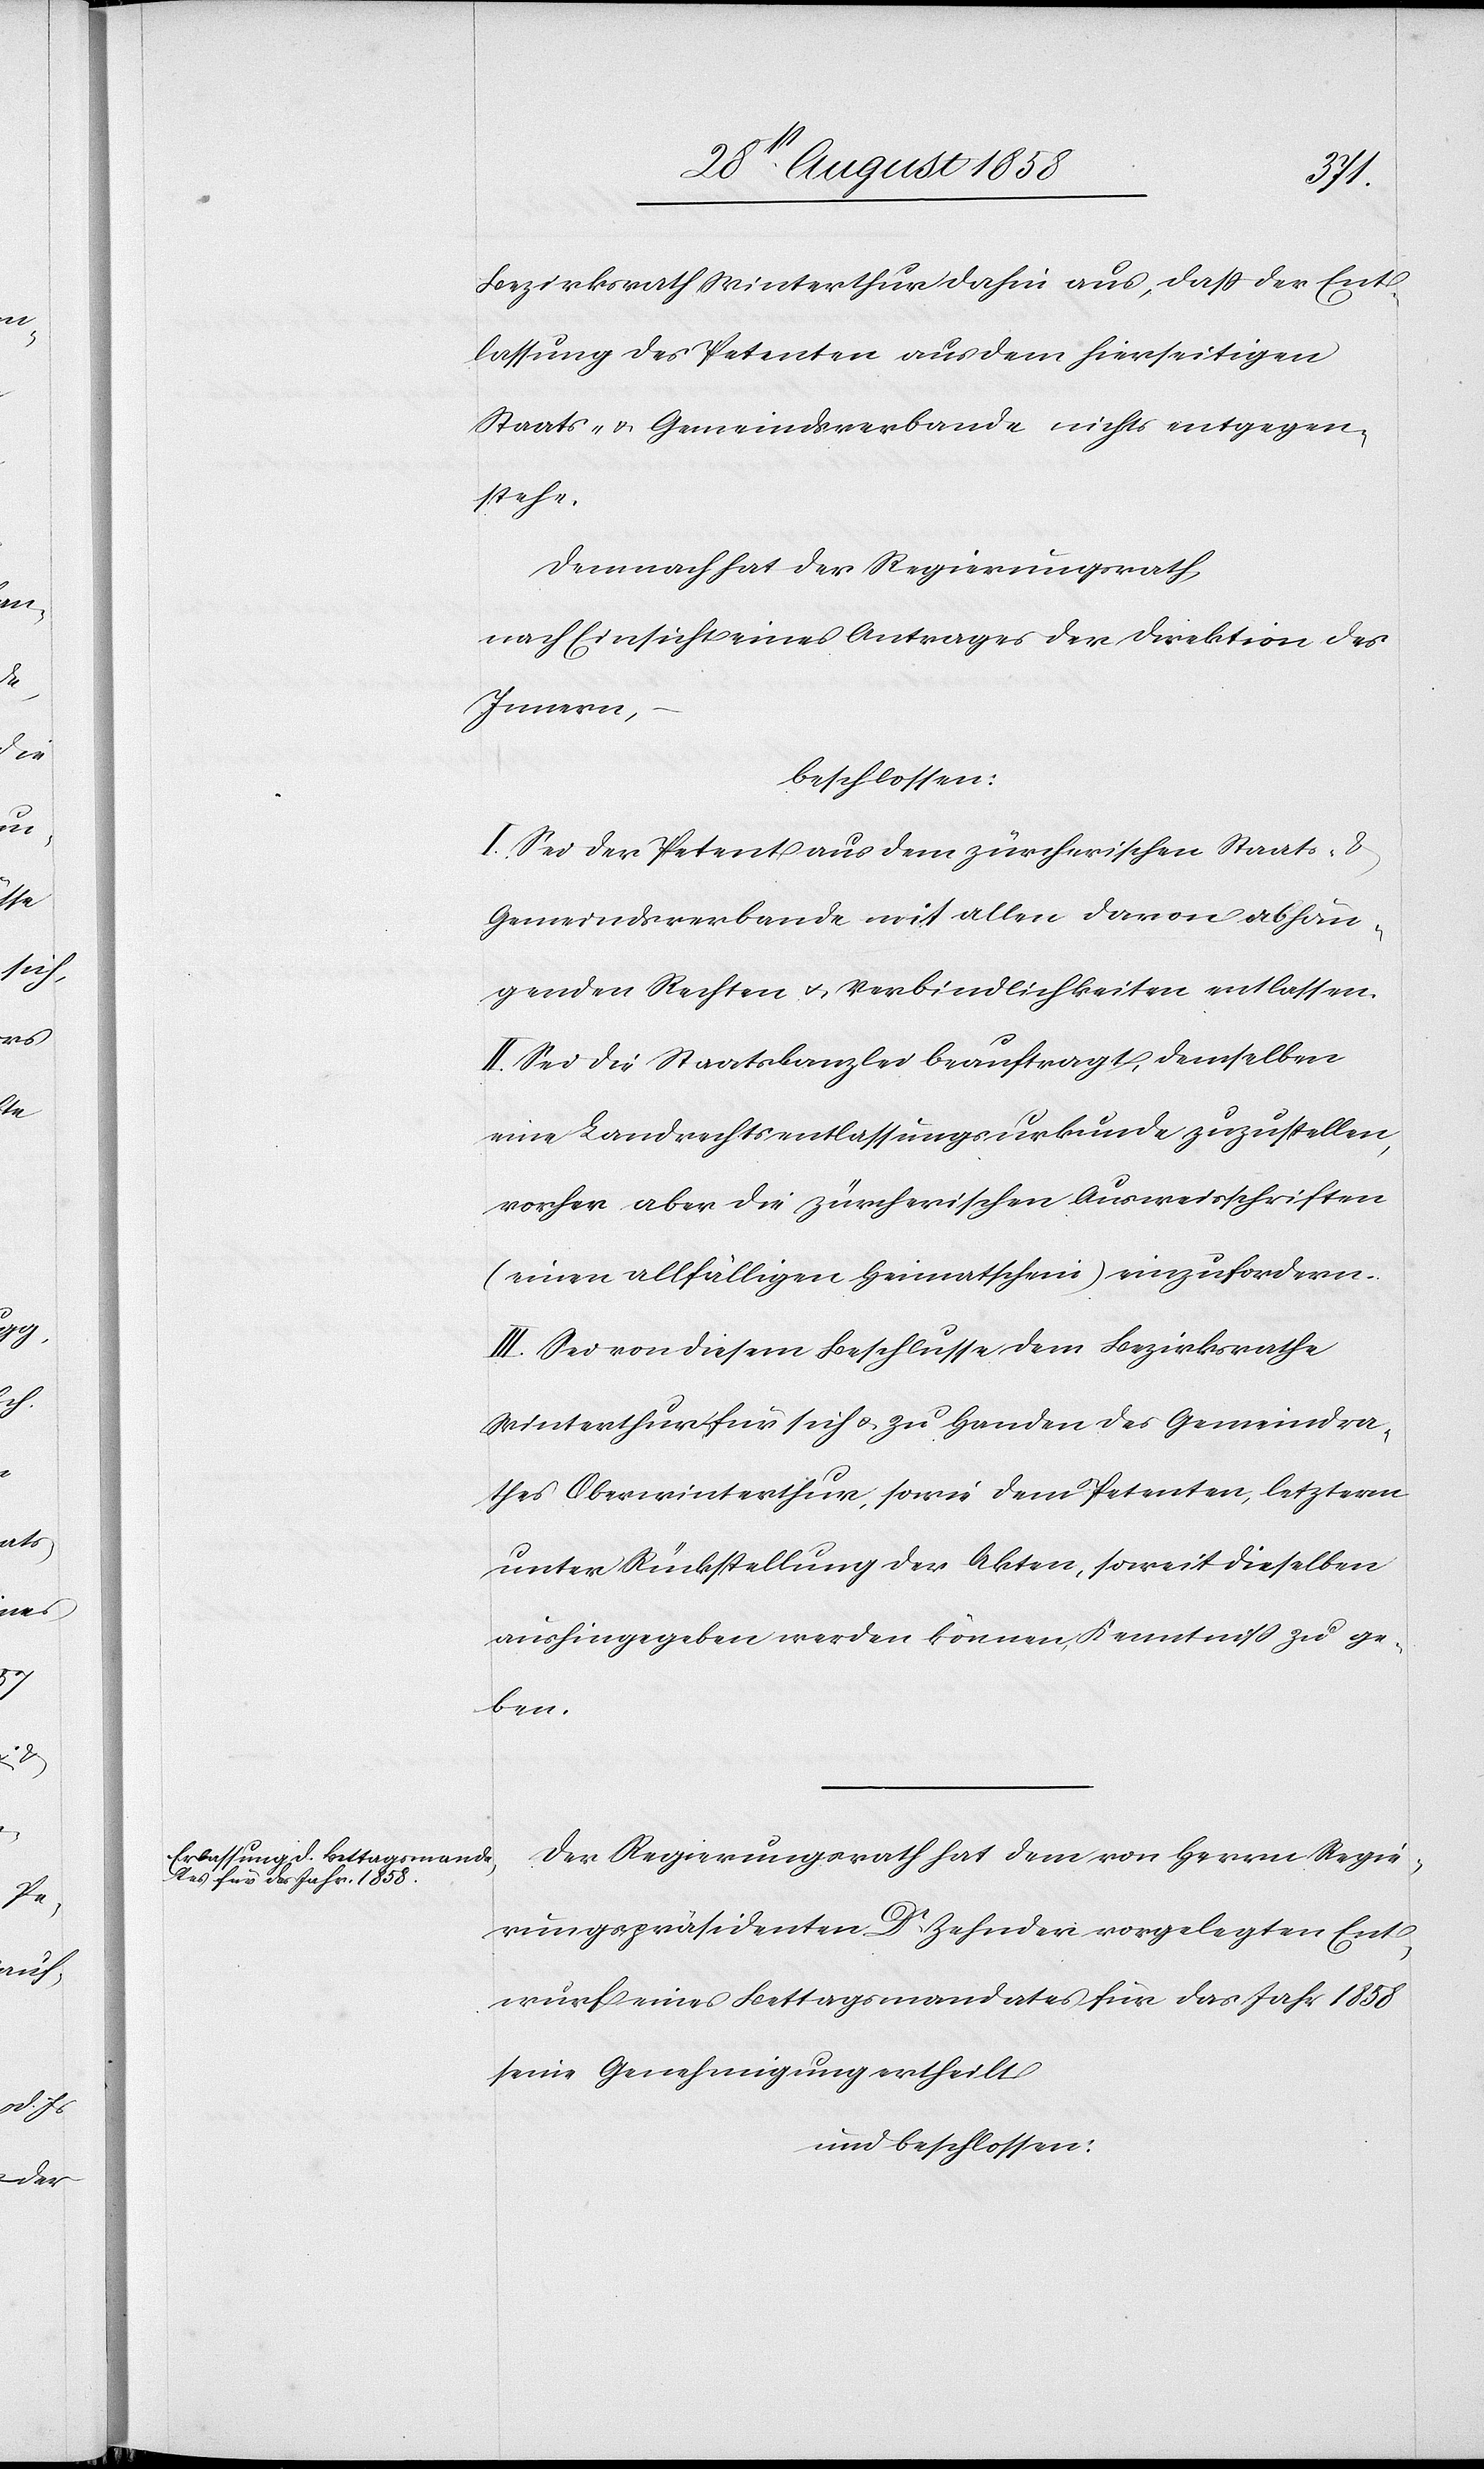
Bezirksrath Winterthur dahin aus, dass der Ent¬
lassung des Petenten aus dem hierseitigen
Staats- & Gemeindsverbande nichts entgegen¬
stehe.
Demnach hat der Regierungsrath,
nach Einsicht eines Antrages der Direktion des
Innern,
beschlossen:
I. Sei der Petent aus dem zürcherischen Staats- &
Gemeindsverbande mit allen davon abhän¬
genden Rechten & Verbindlichkeiten entlassen.
II. Sei die Staatskanzlei beauftragt, demselben
eine Landrechtsentlassungsurkunde zuzustellen,
vorher aber die zürcherischen Ausweisschriften
(einen allfälligen Heimatschein) einzufordern.
III. Sei von diesem Beschlusse dem Bezirksrathe
Winterthur für sich & zu Handen des Gemeindra¬
thes Oberwinterthur, sowie dem Petenten, letzterm
unter Rückstellung der Akten, soweit dieselben
aushingegeben werden können, Kenntniss zu ge¬
ben.
Der Regierungsrath hat dem von Herrn Regie¬
rungspräsidenten Dr. Zehnder vorgelegten Ent¬
wurf eines Bettagsmandates für das Jahr 1858
seine Genehmigung ertheilt
und beschlossen: